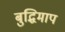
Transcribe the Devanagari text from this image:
बुद्धिमाप